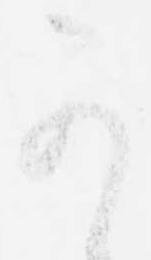
可